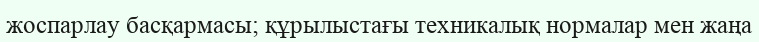
жоспарлау басқармасы; құрылыстағы техникалық нормалар мен жаңа